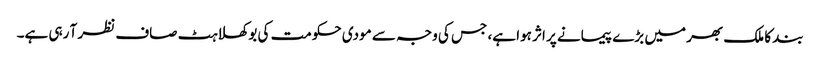
بند کا ملک بھر میں بڑے پیمانے پر اثر ہوا ہے، جس کی وجہ سے مودی حکومت کی بوکھلاہٹ صاف نظر آ رہی ہے۔